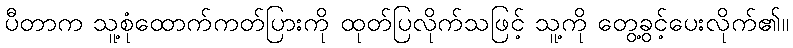
ပီတာက သူ့စုံထောက်ကတ်ပြားကို ထုတ်ပြလိုက်သဖြင့် သူ့ကို တွေ့ခွင့်ပေးလိုက်၏။